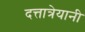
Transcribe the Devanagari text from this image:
दत्तात्रेयानी